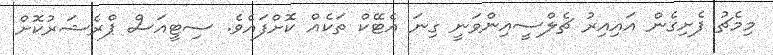
މިމެޗު ފެށިގެން އައިއިރު ޗެލްސީއިންވަނީ ގިނަ އެޓޭކް ތަކެއް ކޮށްފައެވެ. ސިޓީއަސް ޕްރެޝަރުކޮށް